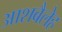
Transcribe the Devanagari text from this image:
आशबैलेह